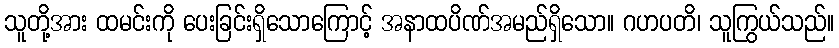
သူတို့အား ထမင်းကို ပေးခြင်းရှိသောကြောင့် အနာထပိဏ်အမည်ရှိသော။ ဂဟပတိ၊ သူကြွယ်သည်။